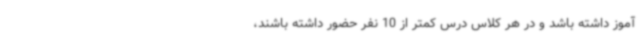
آموز داشته باشد و در هر کلاس درس کمتر از 10 نفر حضور داشته باشند،